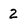
Character: 2